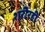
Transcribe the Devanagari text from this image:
शरीरही